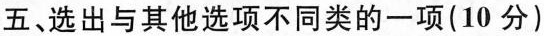
五、选出与其他选项不同类的一项(10 分)